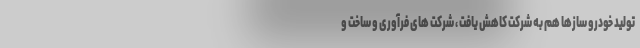
تولید خودرو سازها هم به شرکت کاهش یافت ، شرکت های فرآوری و ساخت و